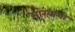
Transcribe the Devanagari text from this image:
मारवाथी